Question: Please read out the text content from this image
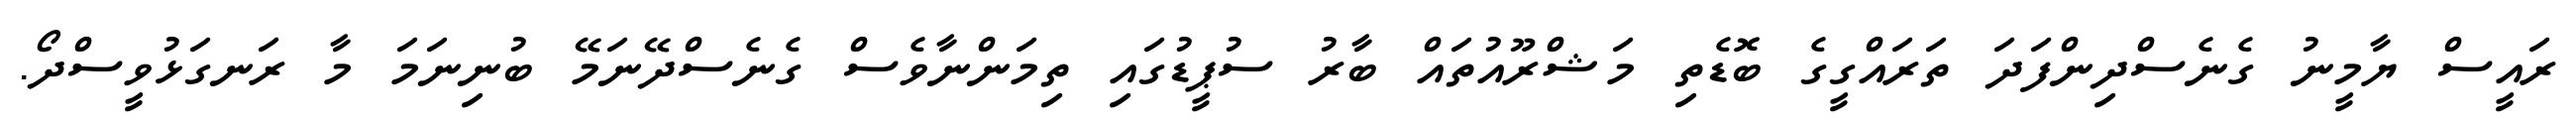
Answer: ރައީސް ޔާމީނު ގެނެސްދިންފަދަ ތަރައްގީގެ ބޮޑެތި މަޝްރޫއުތައް ބާރު ސުޕީޑުގައި ތިމަންނާވެސް ގެނެސްދޭނަމޭ ބުނިނަމަ މާ ރަނގަޅުވީސްދޯ.